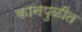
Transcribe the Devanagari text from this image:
कानपुळीत